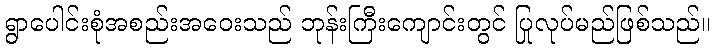
ရွာပေါင်းစုံအစည်းအဝေးသည် ဘုန်းကြီးကျောင်းတွင် ပြုလုပ်မည်ဖြစ်သည်။